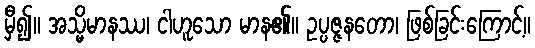
မှီ၍။ အသ္မိမာနဿ၊ ငါဟူသော မာန၏။ ဥပ္ပဇ္ဇနတော၊ ဖြစ်ခြင်းကြောင့်။